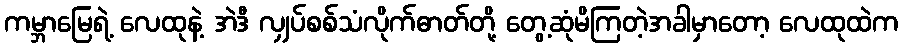
ကမ္ဘာမြေရဲ့ လေထုနဲ့ အဲဒီ လျှပ်စစ်သံလိုက်ဓာတ်တို့ တွေ့ဆုံမိကြတဲ့အခါမှာတော့ လေထုထဲက